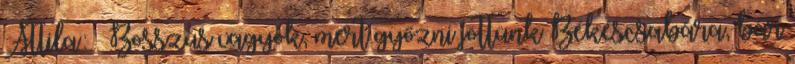
Attila: – Bosszús vagyok, mert győzni jöttünk Békéscsabára, bár